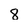
Character: 8